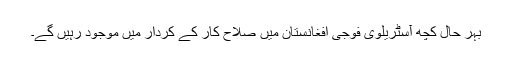
بہر حال کچھ آسٹریلوی فوجی افغانستان میں صلاح کار کے کردار میں موجود رہیں گے۔